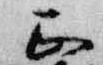
正